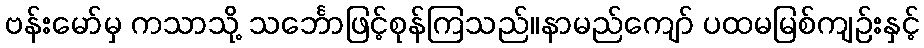
ဗန်းမော်မှ ကသာသို့ သင်္ဘောဖြင့်စုန်ကြသည်။နာမည်ကျော် ပထမမြစ်ကျဉ်းနှင့်